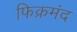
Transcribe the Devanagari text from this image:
फिक्रमंद